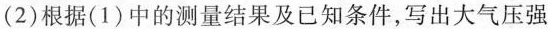
(2)根据(1)中的测量结果及已知条件，写出大气压强